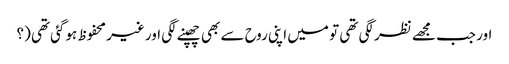
اور جب مجھے نظر لگی تھی تو میں اپنی روح سے بھی چھپنے لگی اور غیر محفوظ ہوگئی تھی (؟